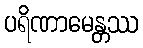
ပရိဏာမေန္တဿ